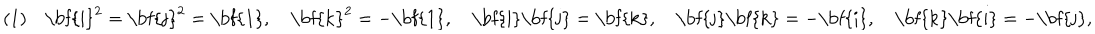
( 1 ) \quad { \mathrm { \bf { i } } } ^ { 2 } = { \mathrm { \bf { j } } } ^ { 2 } = { \mathrm { \bf { 1 } } } , \quad { \mathrm { \bf { k } } } ^ { 2 } = - { \mathrm { \bf { 1 } } } , \quad { \mathrm { \bf { i } } } { \mathrm { \bf { j } } } = { \mathrm { \bf { k } } } , \quad { \mathrm { \bf { j } } } { \mathrm { \bf { k } } } = - { \mathrm { \bf { i } } } , \quad { \mathrm { \bf { k } } } { \mathrm { \bf { i } } } = - { \mathrm { \bf { j } } } ,